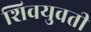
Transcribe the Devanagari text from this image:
शिवयुवती